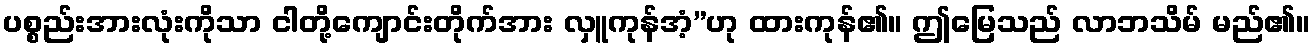
ပစ္စည်းအားလုံးကိုသာ ငါတို့ကျောင်းတိုက်အား လှူကုန်အံ့”ဟု ထားကုန်၏။ ဤမြေသည် လာဘသိမ် မည်၏။